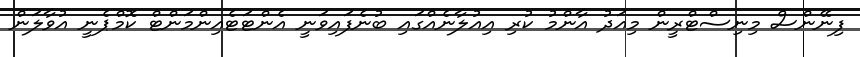
ފިނޭންސް މިނިސްޓްރީން މިއަދު އާންމު ކުރި އިއުލާނެއްގައި ބުނެފައިވަނީ އެންޓަޓެއިންމަންޓް ކޮމްޕެނީ އުވާލަން